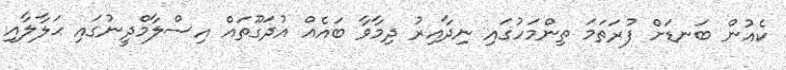
ކެއުން ބަނޑަށް ފުރަތަމަ ތިންމަހުގައި ނިދާއިރު ދިމާވާ ބައެއް އުދަގޫތައް އިސްލާމްދީނުގައި ޙަލާލާއި